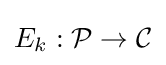
E_{k}:{\mathcal {P}}\rightarrow {\mathcal {C}}